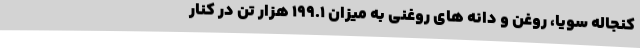
کنجاله سویا، روغن و دانه های روغنی به میزان ۱۹۹.۱ هزار تن در کنار